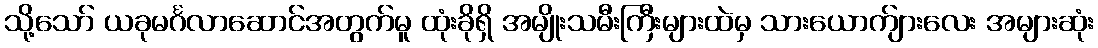
သို့သော် ယခုမင်္ဂလာဆောင်အတွက်မူ ထုံးခိုရှိ အမျိုးသမီးကြီးများထဲမှ သားယောက်ျားလေး အများဆုံး